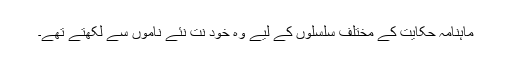
ماہنامہ حکایت کے مختلف سلسلوں کے لیے وہ خود نت نئے ناموں سے لکھتے تھے۔